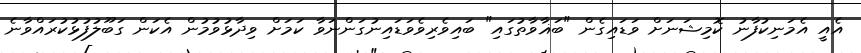
އެއީ އެމަނިކުފާނު ކޮމިޝަނަށް ވަޑައިގެން "ބަޣާވާތުގައި" ބައިވެރިވެވަޑައިނުގަންނަވާ ކަމަށް ވިދާޅުވުމުން އެކަން ގަބޫލުފުޅުކުރައްވާނެ